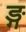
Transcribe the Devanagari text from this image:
ङ्ग